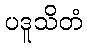
ပဒူသိတံ